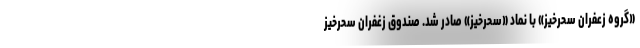
«گروه زعفران سحرخیز» با نماد «سحرخیز» صادر شد. صندوق زغفران سحرخیز